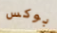
بوكس